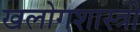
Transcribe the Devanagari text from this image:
खलोगशास्त्री